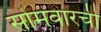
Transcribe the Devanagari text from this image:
सोमवारची